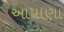
આપાણા